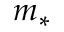
m _ { * }